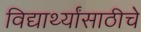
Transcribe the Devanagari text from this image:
विद्यार्थ्यांसाठीचे